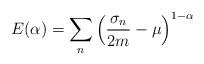
LaTeX: \begin{align*}E(\alpha) = \sum_{n}\left(\frac{\sigma_{n}}{2m} - \mu\right)^{1-\alpha}\end{align*}